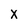
Character: X